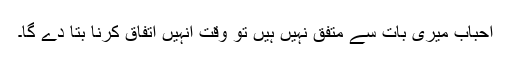
احباب میری بات سے متفق نہیں ہیں تو وقت انہیں اتفاق کرنا بتا دے گا۔